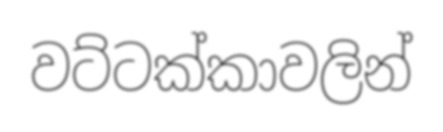
වට්ටක්කාවලින්